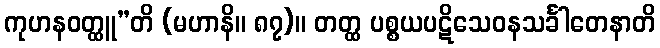
ကုဟနဝတ္ထူ”တိ (မဟာနိ။ ၈၇)။ တတ္ထ ပစ္စယပဋိသေဝနသင်္ခါတေနာတိ